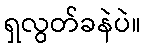
ရှလွတ်ခနဲပဲ။